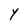
Character: Y